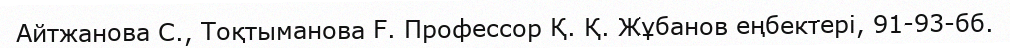
Айтжанова С., Тоқтыманова F. Профессор Қ. Қ. Жұбанов еңбектері, 91-93-бб.